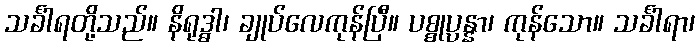
သင်္ခါရတို့သည်။ နိရုဒ္ဓါ၊ ချုပ်လေကုန်ပြီ။ ပစ္စုပ္ပန္နာ၊ ကုန်သော။ သင်္ခါရာ၊